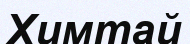
Химтай